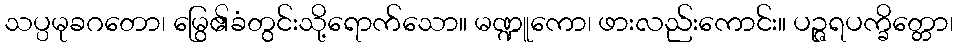
သပ္ပမုခဂတော၊ မြွေ၏ခံတွင်းသို့ရောက်သော။ မဏ္ဍူကော၊ ဖားလည်းကောင်း။ ပဉ္ဇရပက္ခိတ္တော၊